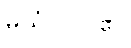
မယှံ - ငါ၏၊